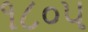
૧૮૦૫